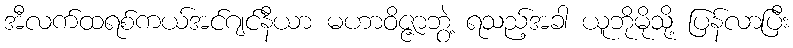
အီလက်ထရစ်ကယ်အင်ဂျင်နီယာ မဟာဝိဇ္ဇာဘွဲ့ ရသည့်အခါ ယူဘိုမိုသို့ ပြန်လာပြီး